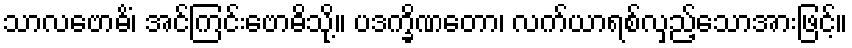
သာလဗောဓိံ၊ အင်ကြင်းဗောဓိသို့။ ပဒက္ခိဏတော၊ လက်ယာရစ်လှည့်သောအားဖြင့်။